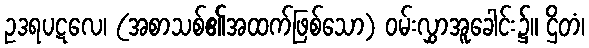
ဥဒရပဋလေ၊ (အစာသစ်၏အထက်ဖြစ်သော) ဝမ်းလွှာအူခေါင်း၌။ ဌိတံ၊